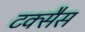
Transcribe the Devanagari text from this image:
टक्सैस